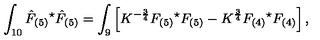
\int _ { 1 0 } \hat { F } _ { ( 5 ) } { } ^ { \star } \hat { F } _ { ( 5 ) } = \int _ { 9 } \left[ K ^ { - \frac { 3 } { 4 } } F _ { ( 5 ) } { } ^ { \star } F _ { ( 5 ) } - K ^ { \frac { 3 } { 4 } } F _ { ( 4 ) } { } ^ { \star } F _ { ( 4 ) } \right] ,